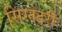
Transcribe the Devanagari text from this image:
सिग्नेटरी